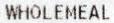
WHOLEMEAL